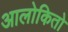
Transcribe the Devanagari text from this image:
आलोकितो